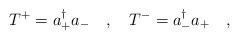
LaTeX: \begin{align*}T^+=a_+^\dagger a_-\ \ \ ,\ \ \ T^-=a_-^\dagger a_+\ \ \ ,\end{align*}